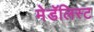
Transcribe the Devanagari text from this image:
मेडॅलिस्ट